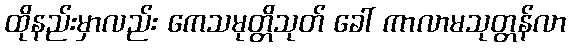
ထိုနည်းမှာလည်း ကေသမုတ္တိသုတ် ခေါ် ကာလာမသုတ္တန်လာ